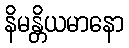
နိမန္တိယမာနော